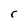
Character: r